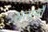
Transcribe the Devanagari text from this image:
सतायौ